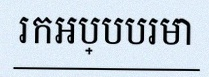
រកអប្បបរមា